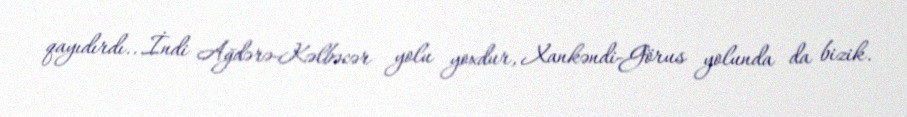
qayıdırdı...İndi Ağdərə-Kəlbəcər yolu yoxdur, Xankəndi-Görus yolunda da bizik.